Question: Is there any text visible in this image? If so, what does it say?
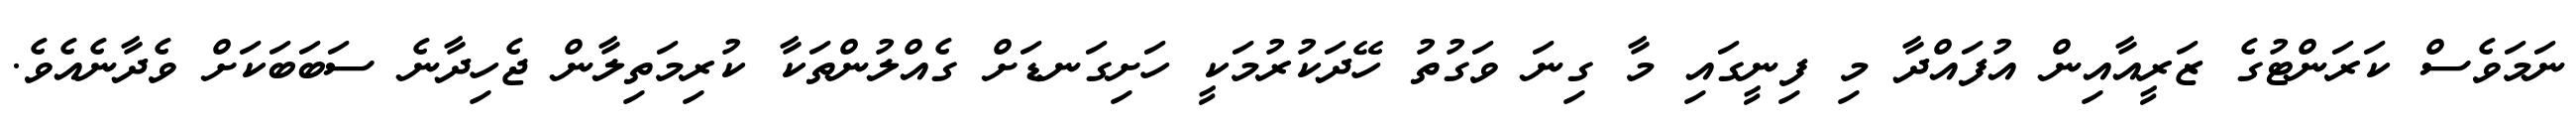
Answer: ނަމަވެސް ކަރަންޓުގެ ޒަރީއާއިން އުފައްދާ މި ފިނީގައި މާ ގިނަ ވަގުތު ހޭދަކުރުމަކީ ހަށިގަނޑަށް ގެއްލުންތަކާ ކުރިމަތިލާން ޖެހިދާނެ ސަބަބަކަށް ވެދާނެއެވެ.